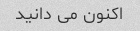
اکنون می دانید